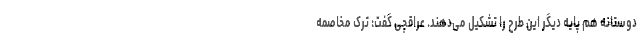
دوستانه هم پایه دیگر این طرح را تشکیل می‌دهند. عراقچی گفت: ترک مخاصمه